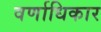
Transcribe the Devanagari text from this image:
वर्णाधिकार